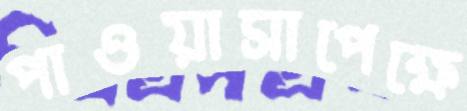
পাওয়াসাপেক্ষে